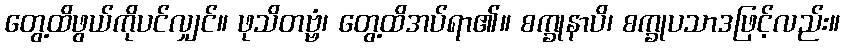
တွေ့ထိဖွယ်ကိုပင်လျှင်။ ဖုသိတဗ္ဗံ၊ တွေ့ထိအပ်ရာ၏။ စက္ခုနာပိ၊ စက္ခုပသာဒဖြင့်လည်း။